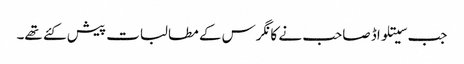
جب سیتلواڈ صاحب نے کانگرس کے مطالبات پیش کئے تھے۔